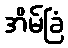
အိမ်ခြံ